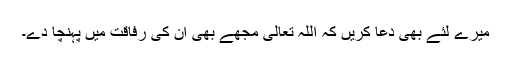
میرے لئے بھی دعا کریں کہ اللہ تعالیٰ مجھے بھی ان کی رفاقت میں پہنچا دے۔